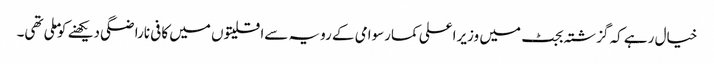
خیال رہے کہ گزشتہ بجٹ میں وزیراعلی کمارسوامی کے رویہ سےاقلیتوں میں کافی ناراضگی دیکھنے کوملی تھی۔